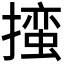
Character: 𪮳